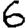
Digit: 6